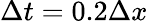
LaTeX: \Delta t=0.2\Delta x